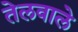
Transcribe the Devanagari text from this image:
तेलवाले